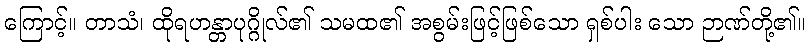
ကြောင့်။ တာသံ၊ ထိုရဟန္တာပုဂ္ဂိုလ်၏ သမထ၏ အစွမ်းဖြင့်ဖြစ်သော ရှစ်ပါး သော ဉာဏ်တို့၏။